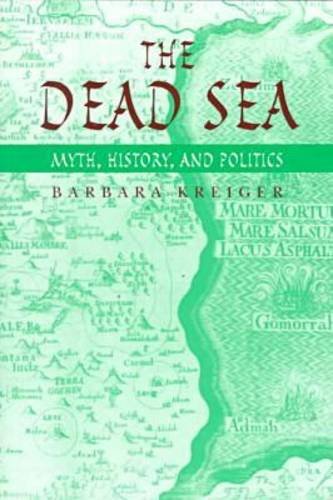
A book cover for The Dead Sea: Myth, History, and Politics; Barbara Kreiger; History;